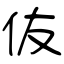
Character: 伖